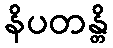
နိပတန္တိ